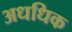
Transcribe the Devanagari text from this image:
अधधिक